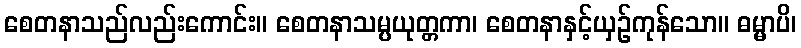
စေတနာသည်လည်းကောင်း။ စေတနာသမ္ပယုတ္တကာ၊ စေတနာနှင့်ယှဉ်ကုန်သော။ ဓမ္မာပိ၊